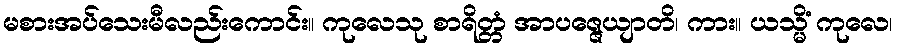
မစားအပ်သေးမီလည်းကောင်း။ ကုလေသု စာရိတ္တံ အာပဇ္ဇေယျာတိ၊ ကား။ ယသ္မိံ ကုလေ၊